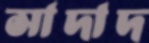
সাদাদ